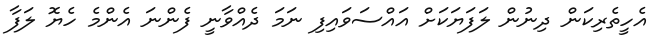
އެހީތެރިކަން ދިނުން ލަފަޔަކަށް އައްސަވައިފި ނަމަ ދެއްވާނީ ފެންނަ އެންމެ ހެޔޮ ލަފާ